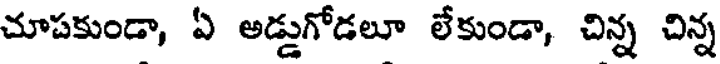
చూపకుండా, ఏ అడ్డుగోడలూ లేకుండా, చిన్న చిన్న